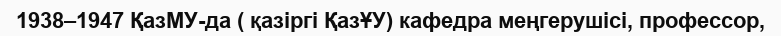
1938–1947 ҚазМУ-да ( қазіргі ҚазҰУ) кафедра меңгерушісі, профессор,